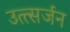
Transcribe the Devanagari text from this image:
उत्त्सर्जन